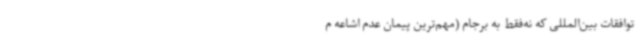
توافقات بین‌المللی که نه‌فقط به برجام (مهم‌ترین پیمان عدم اشاعه م